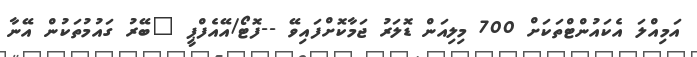
އަމިއްލަ އެކައުންޓްތަކަށް 700 މިލިއަން ޑޮލަރު ޖަމާކޮށްފައިވޭ --ފޮޓޯ/އޭއެފްޕީ "ބޭރު ގައުމުތަކުން އޭނާ